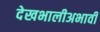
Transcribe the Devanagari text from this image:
देखभालीअभावी